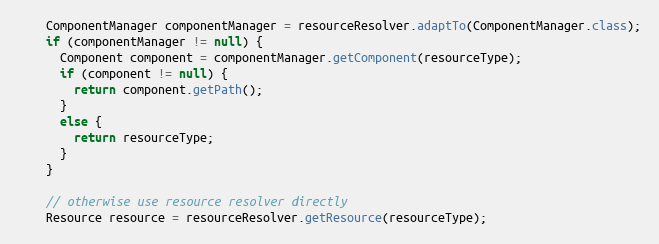
Language: Java
    ComponentManager componentManager = resourceResolver.adaptTo(ComponentManager.class);
    if (componentManager != null) {
      Component component = componentManager.getComponent(resourceType);
      if (component != null) {
        return component.getPath();
      }
      else {
        return resourceType;
      }
    }

    // otherwise use resource resolver directly
    Resource resource = resourceResolver.getResource(resourceType);